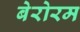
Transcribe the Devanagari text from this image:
बेरोरम